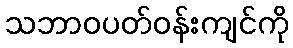
သဘာဝပတ်ဝန်းကျင်ကို